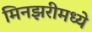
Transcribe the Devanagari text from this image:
मिनझरीमध्ये